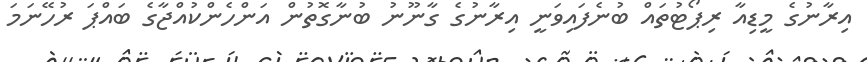
އިރާނުގެ މީޑިއާ ރިޕޯޓުތައް ބުނެފައިވަނީ އިރާނުގެ ގާނޫނު ބުނާގޮތުން އަންހެންކުއްޖާގެ ބައްޕަ ރުހޭނަމަ